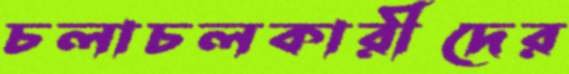
চলাচলকারীদের